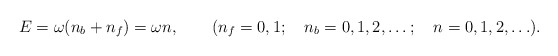
\begin{align*}E = \omega(n_b + n_f) = \omega n, \qquad (n_f = 0, 1; \quad n_b = 0, 1, 2,\ldots; \quad n = 0, 1, 2, \ldots).\end{align*}